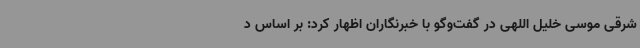
شرقی موسی خلیل اللهی در گفت‌وگو با خبرنگاران اظهار کرد: بر اساس د